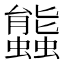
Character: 䘅